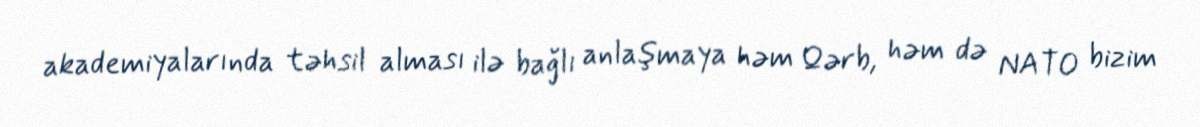
akademiyalarında təhsil alması ilə bağlı anlaşmaya həm Qərb, həm də NATO bizim